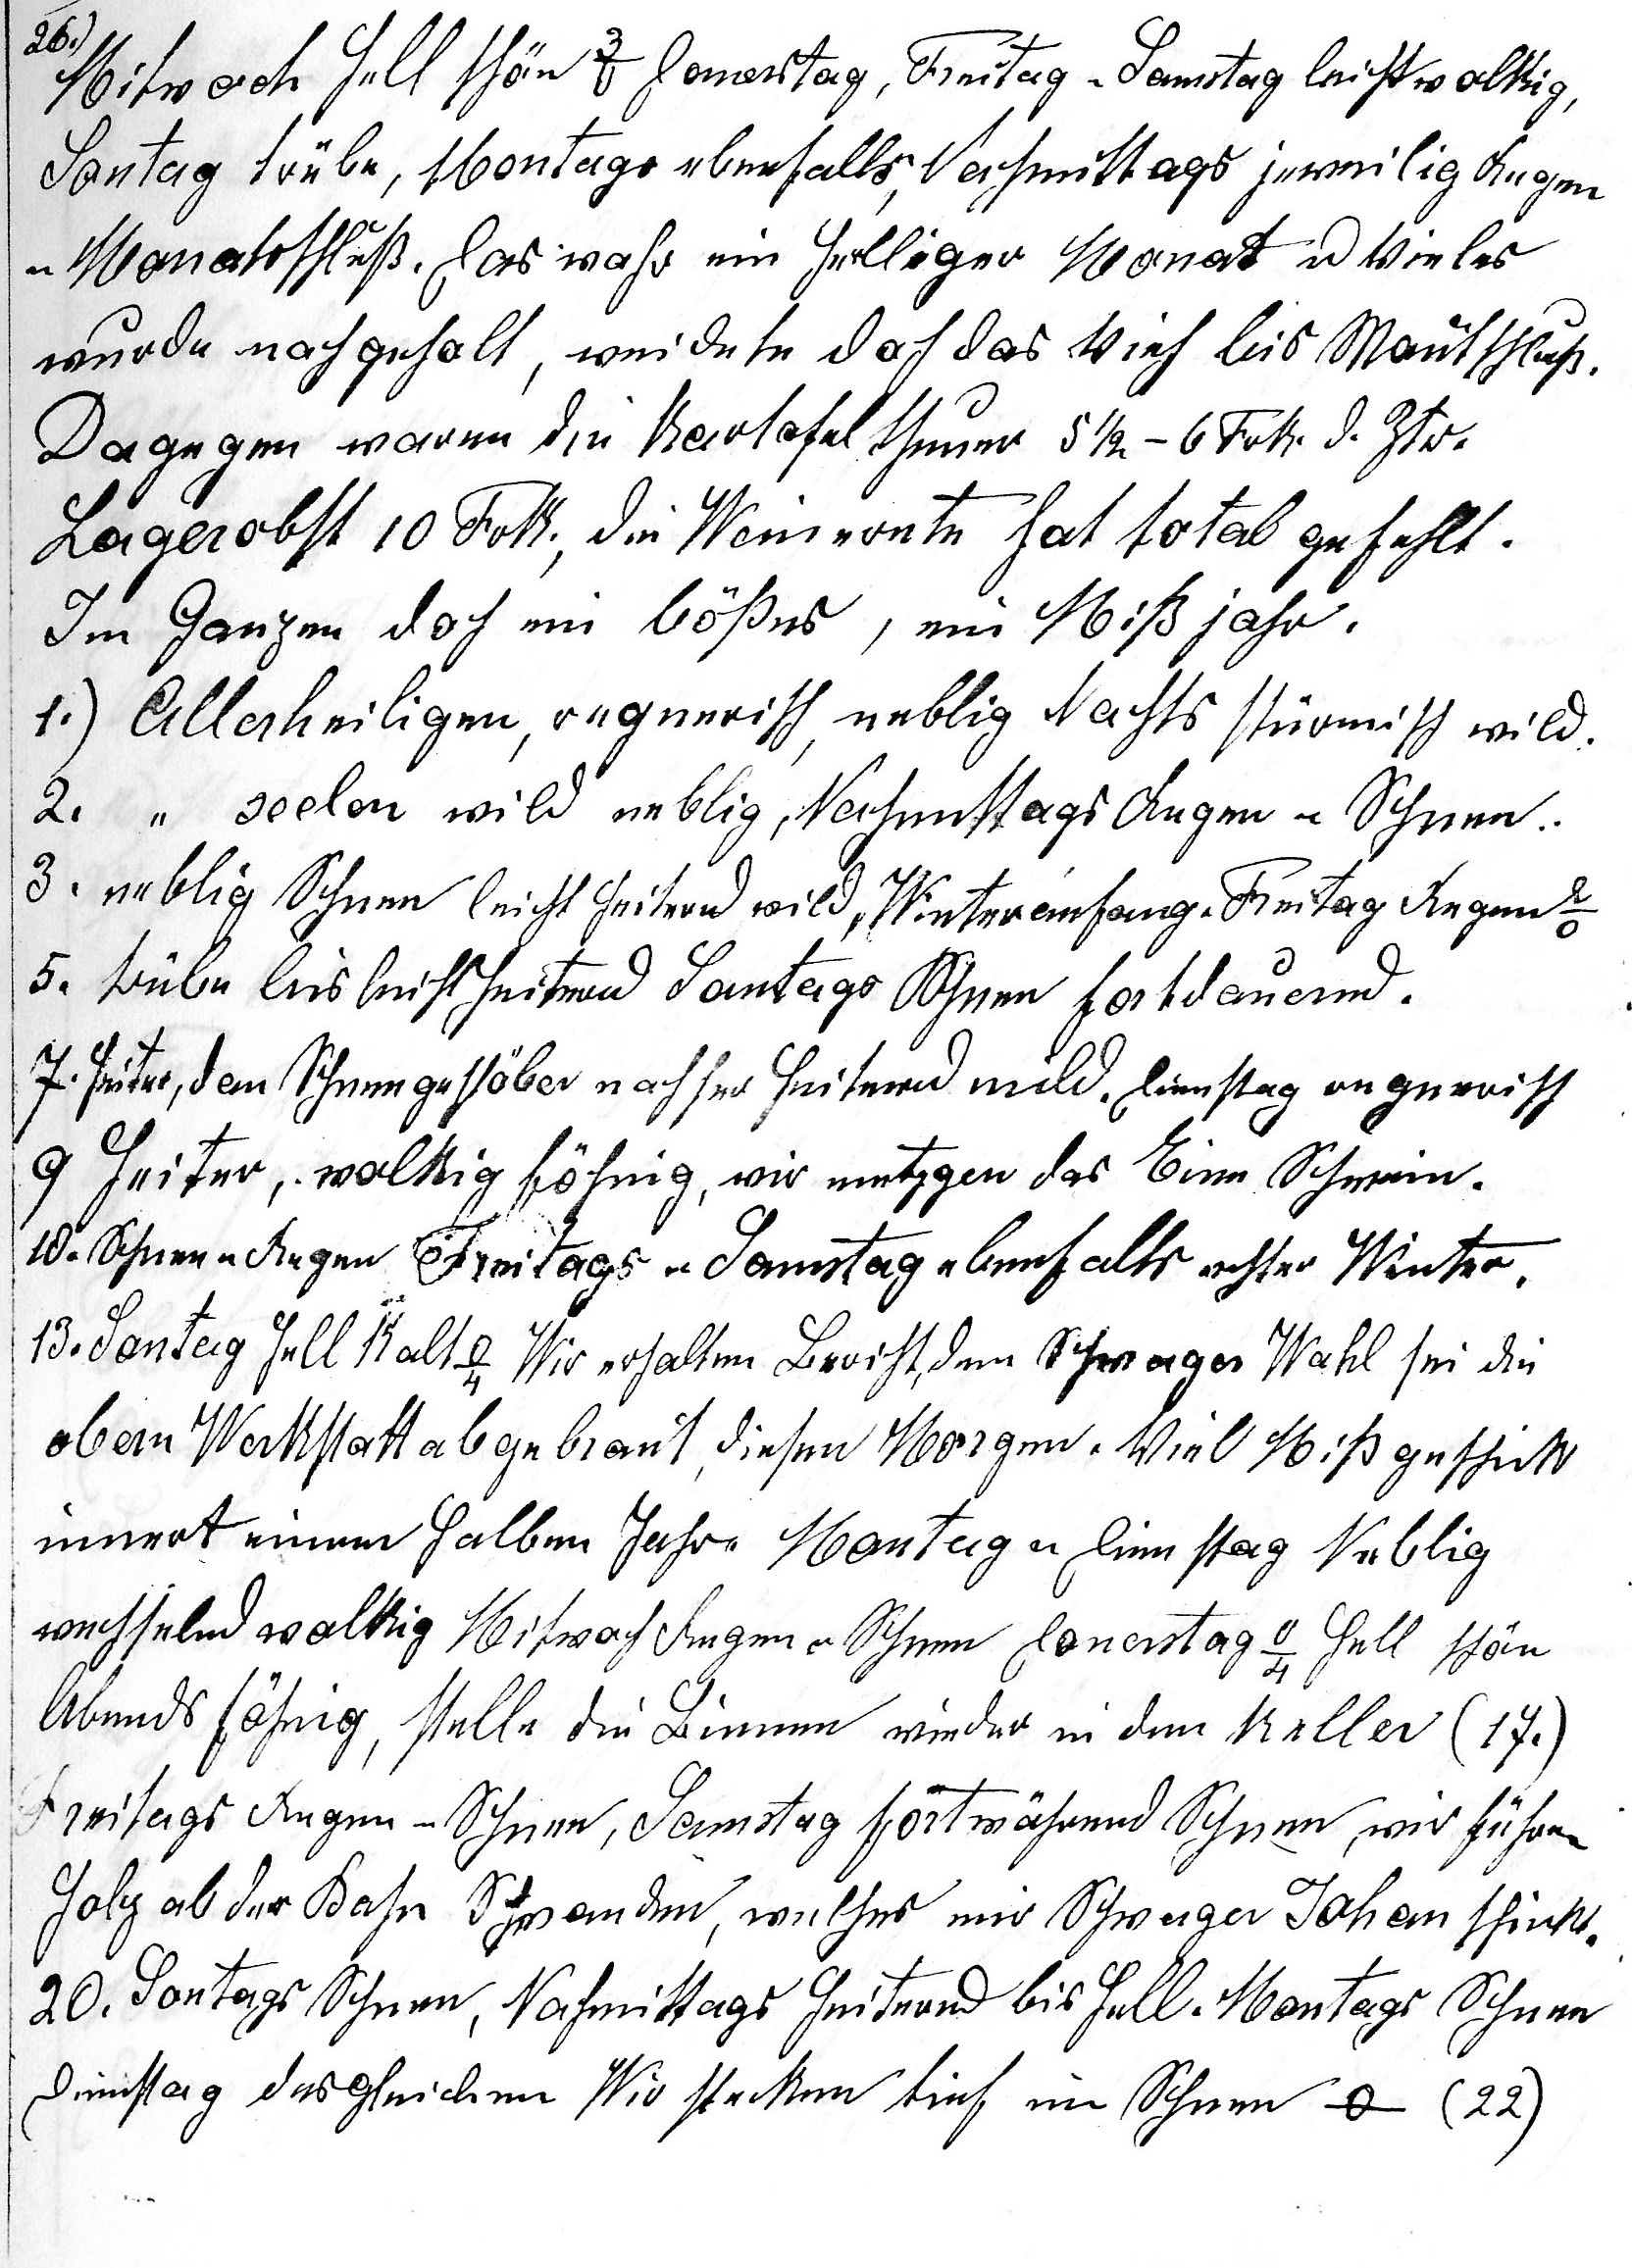
(26.) Mitwoch hell schön 3o Donerstag, Freitag u Samstag leicht wolkig,
Sontag trübe, Montags ebenfalls, Nachmittags jeweilig Regen u
Monatsschluss. Das wahr ein hellliger Monat u Vieles
wurde nachgeholt, weidete das Vieh bis Mo¬natsschluss.
Dagegen waren die Kartofel theuer 5½ - 6 Frk d. Ztr.
Lagerobst 10 Frk, die Weinernte hat total gefehlt.
Im Ganzen doch ein bösses, ein Missjahr.
1.) Allerheili¬gen, regnerisch, neblig, Nachts stürmisch wild.
2. «seelen wild neblig, Nachmittags Regen u Schnee.
3o. neblig Schnee leicht heiternd wild, Winteranfang. Freitag Regen 2o.
5. trübe bis leicht heiternd Sontags Schnee fortdauernd.
7. heiter,  dan Schneegestöber nachher heiternd mild. Dienstag regnerisch
9. heiter, wolkig föhnig, wir metzgen das Eine Schwein.
10. Schnee u Regen Freitags u Samstag ebenfalls echter Winter.
13. Sontag hell kalt -4o. Wir erhalten Bericht, dem Schwager Wahl sei die
obere Werkstatt abgebrant, diesen Morgen. Viel Missgeschick
innert einem Jahr. Montag u Dienstag Neblig
wechselnd wolkig Mitwoch Regen u Schnee Donerstag -4o hell schön
 Abends föhnig, stelle die Bienen wieder in den Keller (17.).
Freitags Regen u Schnee, Samstag fortwährend Schnee, wir führen
Holz ab der Bahn Schwanden, welches mir Schwager Johan schickt.
20. Sontags Schnee, Nachmittags heiternd bis hell. Montags Schnee
Dienstag dergleichen. Wir stecken tief im Schnee 0o (22.).